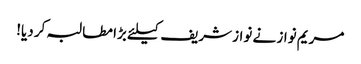
مریم نواز نے نواز شریف کیلئے بڑا مطالبہ کر دیا!